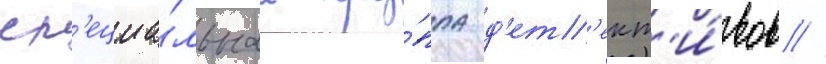
сп'ециа́льнаа гру́ппа д'ет'ект'и́вов //